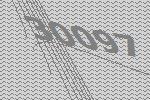
30097